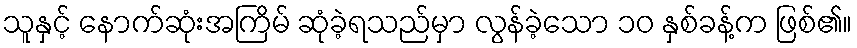
သူနှင့် နောက်ဆုံးအကြိမ် ဆုံခဲ့ရသည်မှာ လွန်ခဲ့သော ၁၀ နှစ်ခန့်က ဖြစ်၏။